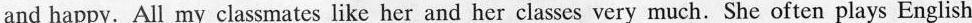
and happy. All my classmates like her and her classes very much. She often plays English